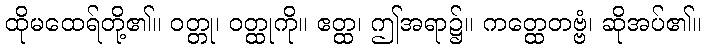
ထိုမထေရ်တို့၏။ ဝတ္တု၊ ဝတ္ထုကို။ ဧတ္ထ၊ ဤအရာ၌။ ကတ္ထေတဗ္ဗံ၊ ဆိုအပ်၏။